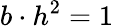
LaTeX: b\cdot h^{2}=1